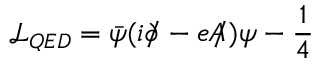
\mathcal { L } _ { Q E D } = \bar { \psi } ( i \partial \! \! \! / - e A \! \! \! / ) \psi - \frac { 1 } { 4 }